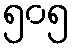
၅၀၅